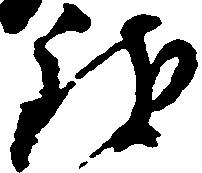
致